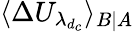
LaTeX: \langle\Delta U_{\lambda_{d_{c}}}\rangle_{B|A}